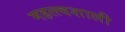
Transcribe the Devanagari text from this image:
महत्त्वशाली